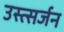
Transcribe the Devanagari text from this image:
उस्त्सर्जन